Civil Veterinary Dept. Bombay admin report 1914-1922 - 1914-1922
Year: 1914
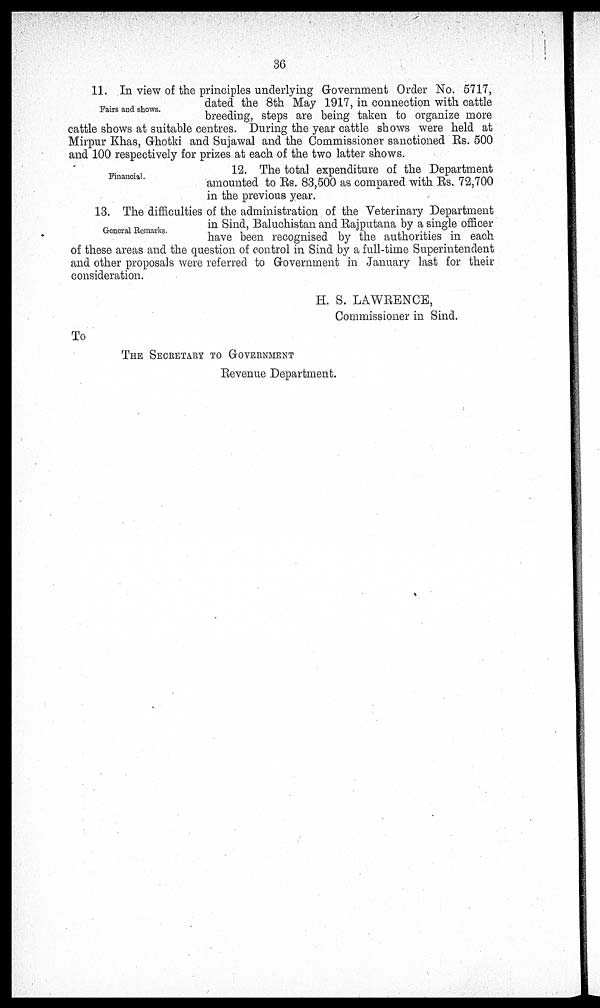
36
Fairs and shows.
11. In view of the principles underlying Government Order No. 5717,
dated the 8th May 1917, in connection with cattle
breeding, steps are being taken to organize more
cattle shows at suitable centres. During the year cattle shows were held at
Mirpur Khas, Ghotki and Sujawal and the Commissioner sanctioned Rs. 500
and 100 respectively for prizes at each of the two latter shows.
Financial.
12. The total expenditure of the Department
amounted to Rs. 83,500 as compared with Rs. 72,700
in the previous year.
General Remarks.
13. The difficulties of the administration of the Veterinary Department
in Sind, Baluchistan and Rajputana by a single officer
have been recognised by the authorities in each
of these areas and the question of control in Sind by a full-time Superintendent
and other proposals were referred to Government in January last for their
consideration.
H. S. LAWRENCE,
Commissioner in Sind.
To
THE SECRETARY TO GOVERNMENT
Revenue Department.